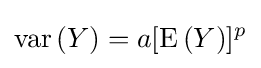
{\text{var}}\,(Y)=a[{\text{E}}\,(Y)]^{p}